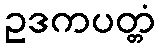
ဥဒကပတ္တံ